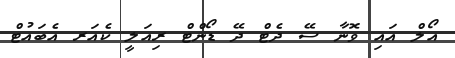
އޯލް އައި ވޮނާ ސޭ ދެޓް ދޭ ޑޯންޓް ރިއަލީ ކެއަރ އެބައުޓް